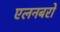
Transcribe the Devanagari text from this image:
एलनबरो